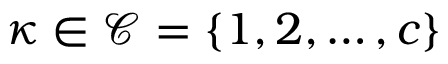
{ \kappa \in \mathcal C = \{ 1 , 2 , \dots , { c } \} }